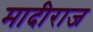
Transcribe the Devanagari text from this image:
मादीराज